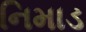
નિમાડ